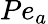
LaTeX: P{e_{a}}